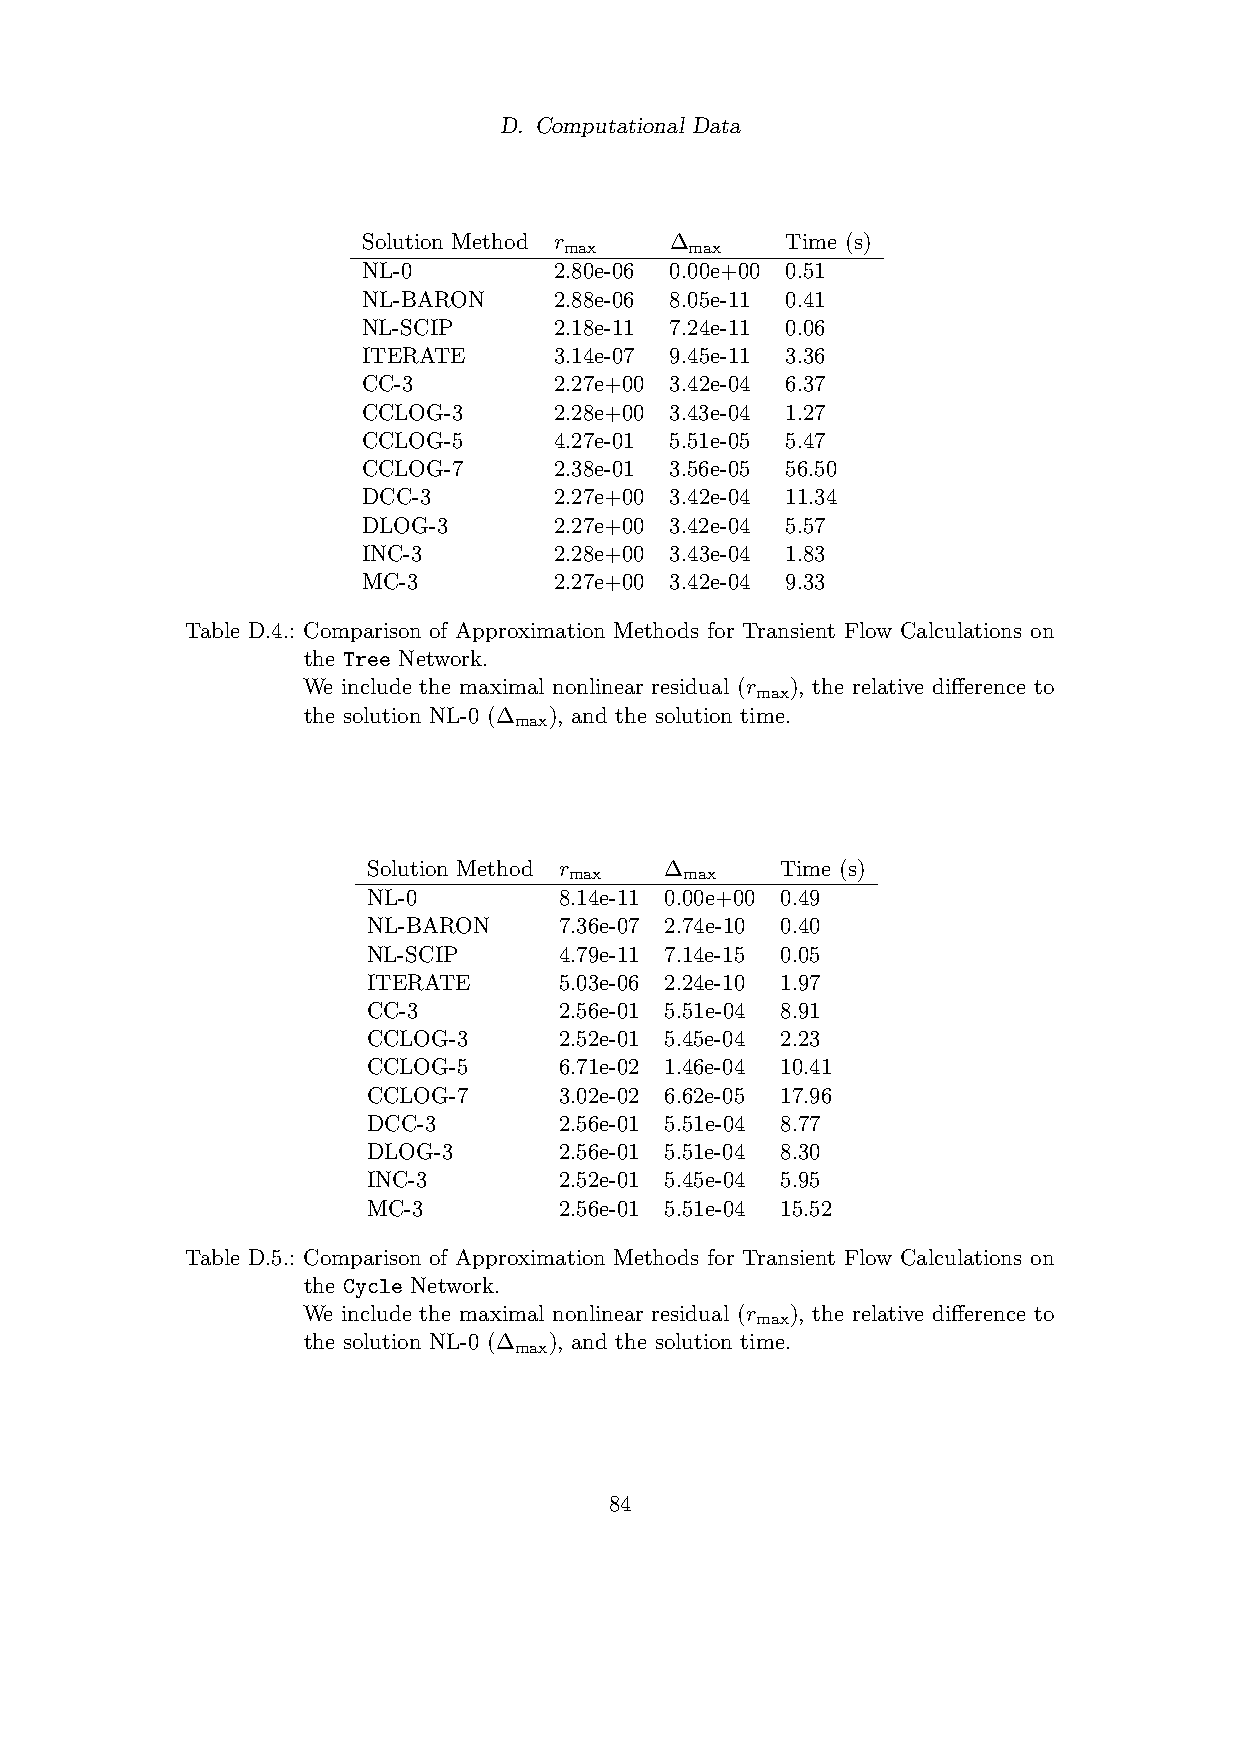
D. Computational Data
 Solution Method r   ∆       Time (s)
 max      max
 NL-0         2.80e-06 0.00e+00 0.51
 NL-BARON     2.88e-06 8.05e-11 0.41
 NL-SCIP      2.18e-11 7.24e-11 0.06
 ITERATE      3.14e-07 9.45e-11 3.36
 CC-3         2.27e+00 3.42e-04 6.37
 CCLOG-3      2.28e+00 3.43e-04 1.27
 CCLOG-5      4.27e-01 5.51e-05 5.47
 CCLOG-7      2.38e-01 3.56e-05 56.50
 DCC-3        2.27e+00 3.42e-04 11.34
 DLOG-3       2.27e+00 3.42e-04 5.57
 INC-3        2.28e+00 3.43e-04 1.83
 MC-3         2.27e+00 3.42e-04 9.33
 Table D.4.: Comparison of Approximation Methods for Transient Flow Calculations on
 the Tree Network.
 We include the maximal nonlinear residual (r ), the relative difference to
 max
 the solution NL-0 (∆ ), and the solution time.
 max
 Solution Method r   ∆       Time (s)
 max    max
 NL-0         8.14e-11 0.00e+00 0.49
 NL-BARON     7.36e-07 2.74e-10 0.40
 NL-SCIP      4.79e-11 7.14e-15 0.05
 ITERATE      5.03e-06 2.24e-10 1.97
 CC-3         2.56e-01 5.51e-04 8.91
 CCLOG-3      2.52e-01 5.45e-04 2.23
 CCLOG-5      6.71e-02 1.46e-04 10.41
 CCLOG-7      3.02e-02 6.62e-05 17.96
 DCC-3        2.56e-01 5.51e-04 8.77
 DLOG-3       2.56e-01 5.51e-04 8.30
 INC-3        2.52e-01 5.45e-04 5.95
 MC-3         2.56e-01 5.51e-04 15.52
 Table D.5.: Comparison of Approximation Methods for Transient Flow Calculations on
 the Cycle Network.
 We include the maximal nonlinear residual (r ), the relative difference to
 max
 the solution NL-0 (∆ ), and the solution time.
 max
 84